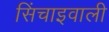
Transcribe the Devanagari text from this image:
सिंचाइवाली